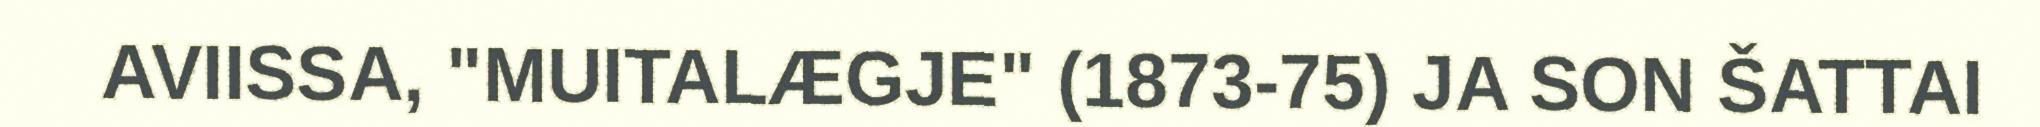
AVIISSA, "MUITALÆGJE" (1873-75) JA SON ŠATTAI